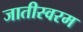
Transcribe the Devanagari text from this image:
जातीस्वरम